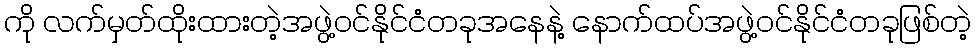
ကို လက်မှတ်ထိုးထားတဲ့အဖွဲ့ဝင်နိုင်ငံတခုအနေနဲ့ နောက်ထပ်အဖွဲ့ဝင်နိုင်ငံတခုဖြစ်တဲ့